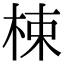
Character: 梀